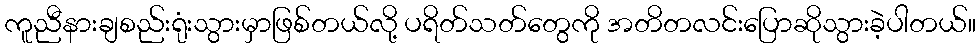
ကူညီနားချစည်းရုံးသွားမှာဖြစ်တယ်လို့ ပရိတ်သတ်တွေကို အတိတလင်းပြောဆိုသွားခဲ့ပါတယ်။